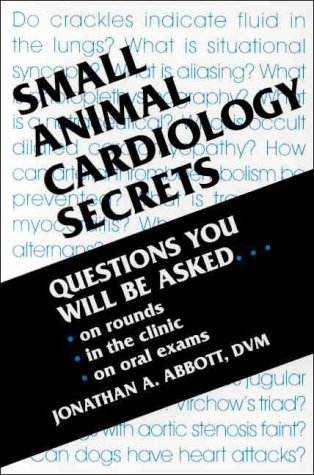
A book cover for Small  Animal Cardiology Secrets, 1e; Jonathan A. Abbott DVM; Medical Books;